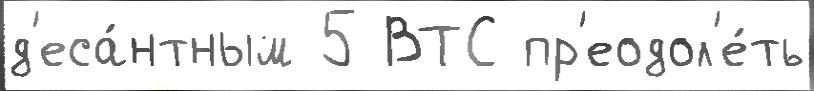
д'еса́нтным 5 ВТС пр'еодол'е́ть